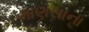
માણસાના